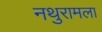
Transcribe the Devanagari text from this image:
नथुरामला